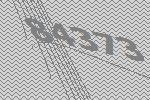
84373